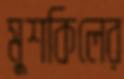
মুশকিলের